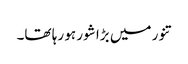
تنور میں بڑا شور ہو رہا تھا۔